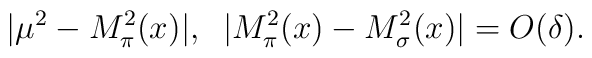
|\mu^2 - M_\pi^2 (x)|, \;\; |M_\pi^2 (x) - M_\sigma^2 (x)| = O (\delta) .